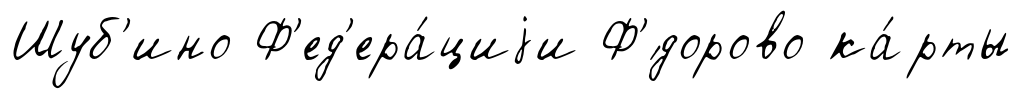
Шуб'ино Ф'ед'ера́циjи Ф'́дорово ка́рты